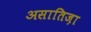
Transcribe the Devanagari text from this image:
असातिज़ा